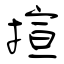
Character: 揎